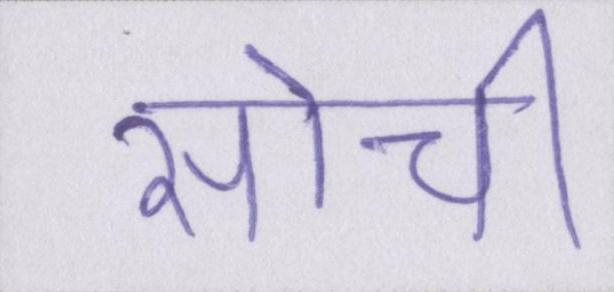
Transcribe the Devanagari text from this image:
सोची